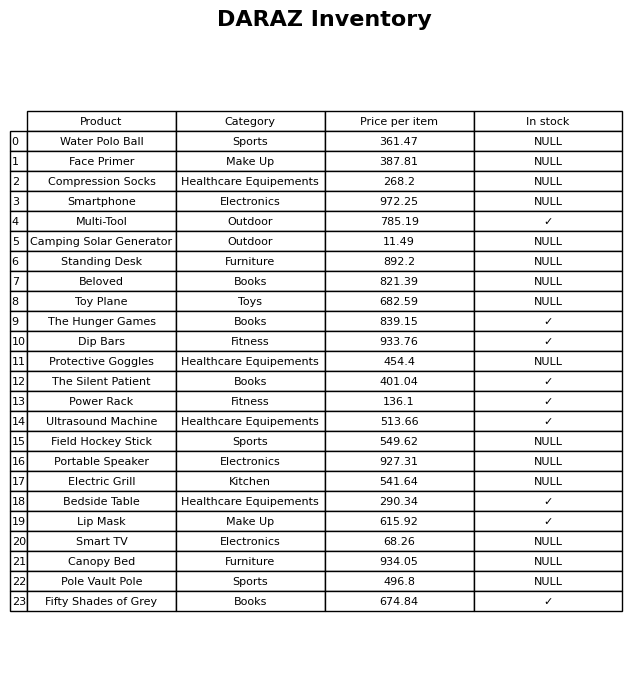
question: What category does the The Silent Patient belong to?
answer: Books